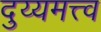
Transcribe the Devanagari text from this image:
दुय्यमत्त्व